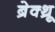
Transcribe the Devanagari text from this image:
ब्रेक्थ्रू